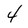
Character: 4